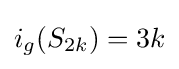
i_{g}(S_{2k})=3k